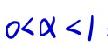
$0<\alpha <1$